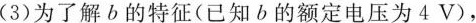
(3)为了解b的特征(已知b的额定电压为4V)，